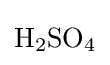
{\mathrm {H} {\vphantom {A}}_{\smash[{t}]{2}}\mathrm {SO} {\vphantom {A}}_{\smash[{t}]{4}}}